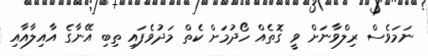
ނަމަވެސް ރިލްވާނަށް ވީ ގޮތެއް ހޯދުމަށް ކެތް މަދުވެފައި ތިބި އޭނާގެ އާއިލާއާއި